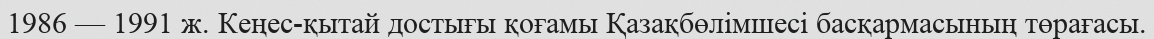
1986 — 1991 ж. Кеңес-қытай достығы қоғамы Қазақбөлімшесі басқармасының төрағасы.